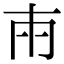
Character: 𭁢